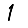
Digit: 1